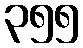
၃၅၅